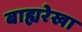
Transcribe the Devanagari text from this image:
बाह्यरेखा